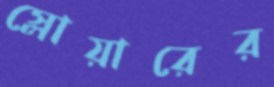
স্লোয়ারের